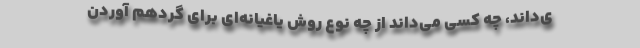
ی‌داند، چه کسی می‌داند از چه نوع روش یاغیانه‌ای برای گردهم آوردن